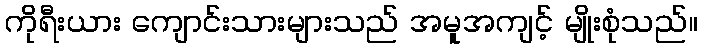
ကိုရီးယား ကျောင်းသားများသည် အမူအကျင့် မျိုးစုံသည်။